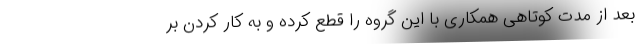
بعد از مدت کوتاهی همکاری با این گروه را قطع کرده و به کار کردن بر